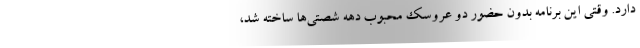
دارد. وقتی این برنامه بدون حضور دو عروسک محبوب دهه شصتی‌ها ساخته شد،